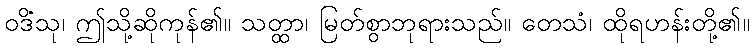
ဝဒိံသု၊ ဤသို့ဆိုကုန်၏။ သတ္ထာ၊ မြတ်စွာဘုရားသည်။ တေသံ၊ ထိုရဟန်းတို့၏။